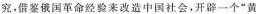
究.借鉴俄国革命经验来改造中国社会，开辟一个”黄